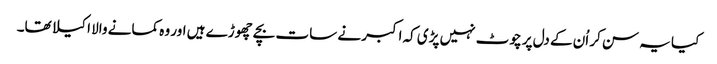
کیا یہ سن کر اُن کے دل پر چوٹ نہیں پڑی کہ اکبر نے سات بچے چھوڑے ہیں اور وہ کمانے والا اکیلا تھا۔